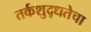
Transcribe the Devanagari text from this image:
तर्कशुद्धतेचा